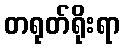
တရုတ်ရိုးရာ